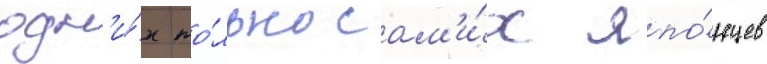
одн'и́х то́лько сам'и́х япо́нцев